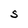
Character: S